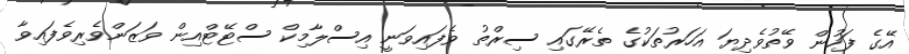
އޭގެ ފަހުން ވޭތުވެދިޔަ އަހަރުތަކުގެ ތެރޭގައި ސިރްތު ވެފައިވަނީ އިސްލާމިކް ސްޓޭޓްއިން ވަޒަންވެރިވެފައިވާ